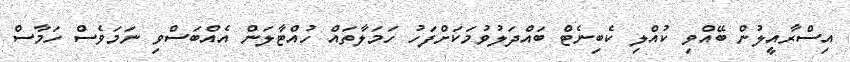
އިސްރާއީލުން ބޭއްވި ކުއްލި ކެބިނެޓް ބައްދަލުވުމަކަށްފަހު ހަމަލާތައް ހުއްޓާލަން އެއްބަސްވި ނަމަވެސް ހަމާސް